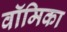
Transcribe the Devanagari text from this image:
वॉमिका